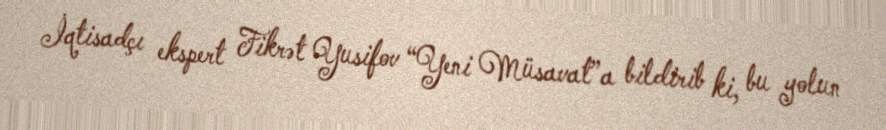
İqtisadçı ekspert Fikrət Yusifov “Yeni Müsavat”a bildirib ki, bu yolun